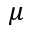
\mu